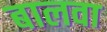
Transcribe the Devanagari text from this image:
बालवा